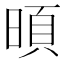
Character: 暊